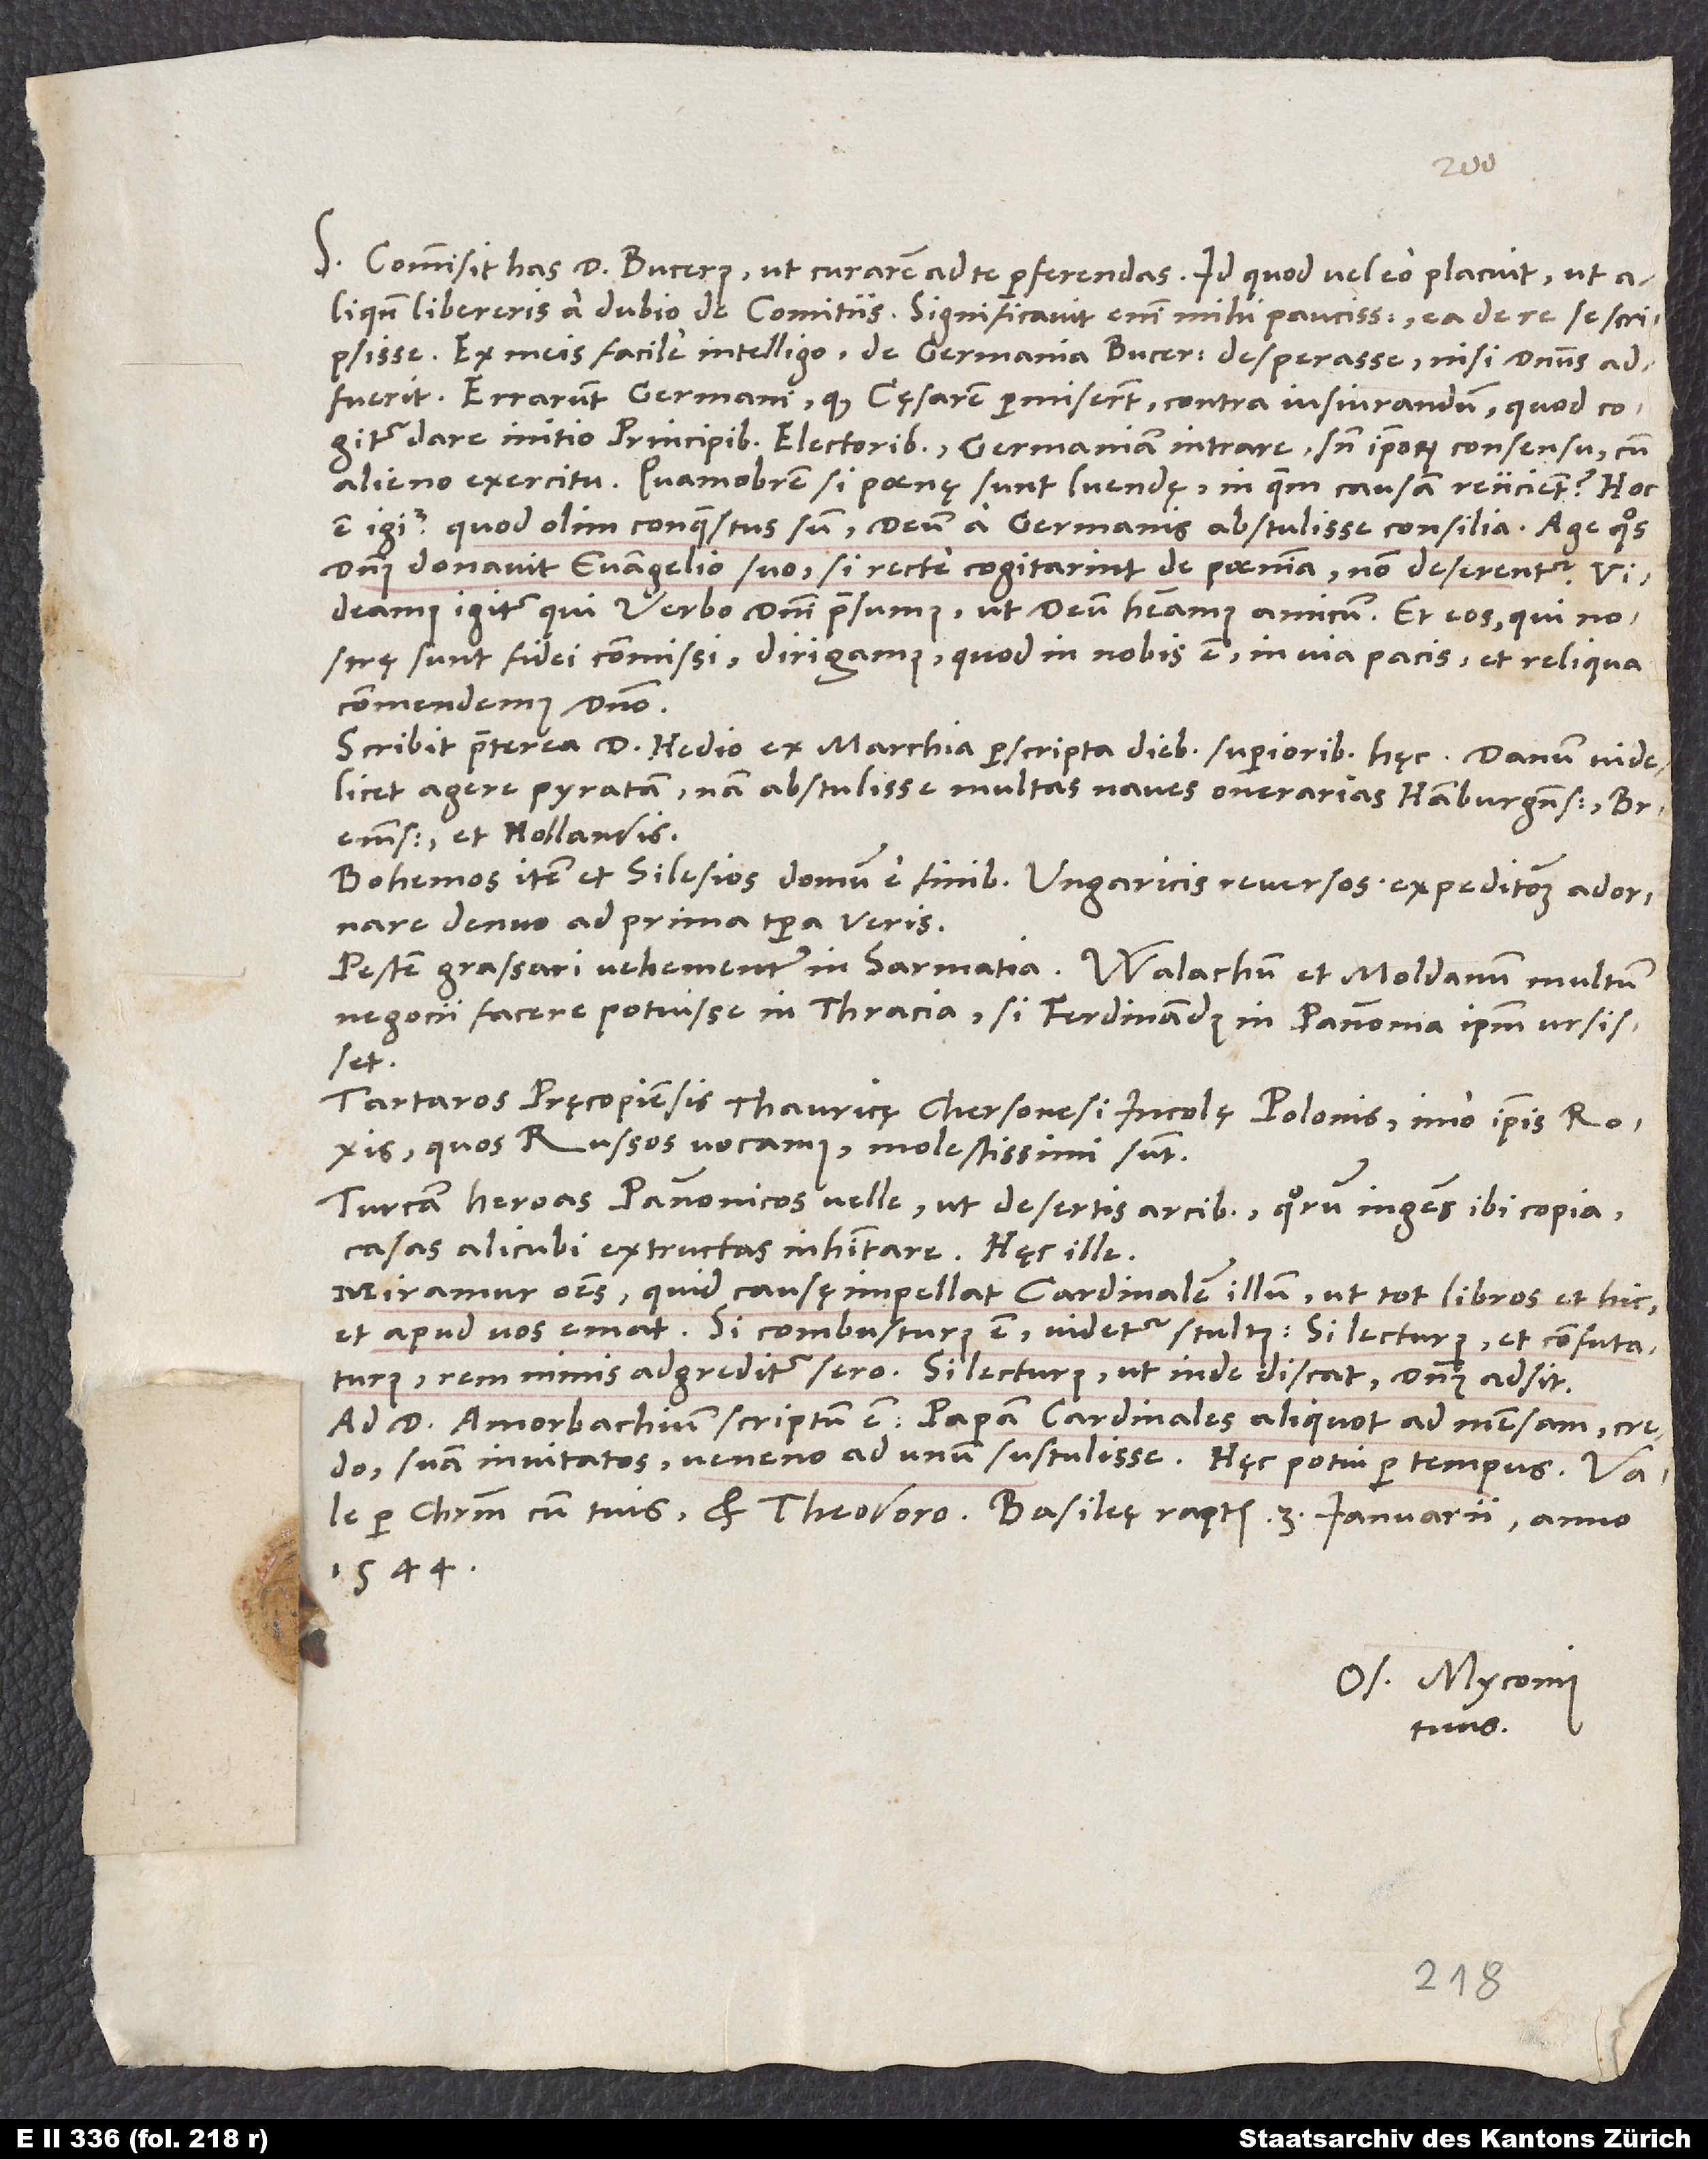
S. Commisit has d. Bucerus, ut curarem ad te perferendas. Id quod vel eo placuit, ut
aliquando libereris a dubio de comitiis. Significavit enim mihi paucissimis ea de re se scripsisse.
Ex meis facile intelligo de Germania Bucerum desperasse, nisi dominus
adfuerit. Errarunt Germani, quod cęsarem permiserunt contra iusiurandum, quod cogitur
dare initio principibus electoribus, Germaniam intrare sine ipsorum consensu cum
alieno exercitu. Quamobrem si poenę sunt luendę, in quam causam reiicient? Hoc
est igitur, quod olim conquestus sum, deum a Germanis abstulisse consilia. Age, quos
dominus donavit evangelio suo, si recte cogitarint de poenitentia, non deserentur.
Videamus igitur, qui verbo domini praesumus, ut deum habeamus amicum, et eos, qui nostrę
sunt fidei commissi, dirigamus, quod in nobis est, in via pacis et reliqua
commendemus domino.
Scribit praeterea d. Hedio ex Marchia perscripta diebus superioribus hęc: Danum videlicet
agere pyratam, nam abstulisse multas naves onerarias Hamburgensibus,
Bremensibus et Hollandis.
Bohemos item et Silesios domum e finibus Ungaricis reversos expeditionem adornare
denuo ad prima tempora veris.
Pestem grassari vehementer in Sarmatia. Walachum et Moldavum multum
negocii facere potuisse in Thracia, si Ferdinandus in Pannonia ipsum ursisset.
Tartaros Pręcopiensis Thauricę Chersonesi incolę Polonis, imo ipsis Roxis,
quos Russos vocamus, molestissimi sunt.
Turcam heroas Pannonicos velle, ut desertis arcibus, quorum ingens ibi copia,
casas alicubi extructas inhabitare. Hęc ille.
Miramur omnes, quid causę impellat cardinalem illum, ut tot libros et hic
et apud vos emat. Si combusturus est, videtur stultus, si lecturus et confutaturus,
rem nimis adgreditur sero, si lecturus, ut inde discat, dominus adsit.
Ad d. Amorbachium scriptum est papam cardinales aliquot ad mensam, credo,
suam invitatos veneno ad unum sustulisse. Hęc potui per tempus. Vale
1544.
Os. Myconius
tuus.